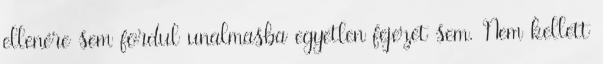
ellenére sem fordul unalmasba egyetlen fejezet sem. Nem kellett